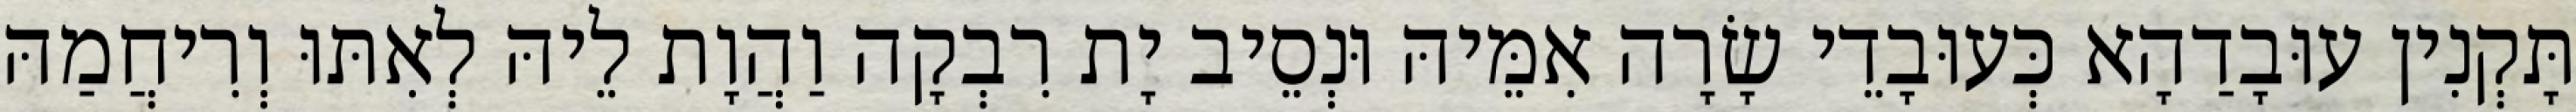
תָּקְנִין עוּבָדַהָא כְּעוּבָדֵי שָׂרָה אִמֵּיהּ וּנְסֵיב יָת רִבְקָה וַהֲוָת לֵיהּ לְאִתּוּ וְרִיחֲמַהּ